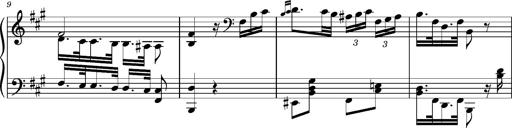
Title: Ungarischer Romanzero
Composer: Franz Liszt